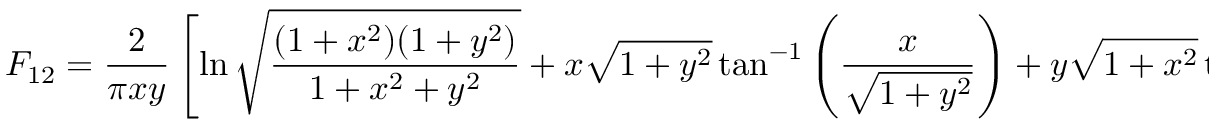
F _ { 1 2 } = \frac { 2 } { \pi x y } \left[ \ln { \sqrt { \frac { ( 1 + x ^ { 2 } ) ( 1 + y ^ { 2 } ) } { 1 + x ^ { 2 } + y ^ { 2 } } } } + x \sqrt { 1 + y ^ { 2 } } \tan ^ { - 1 } \left( \frac { x } { \sqrt { 1 + y ^ { 2 } } } \right) + y \sqrt { 1 + x ^ { 2 } } \tan ^ { - 1 } \left( \frac { y } { \sqrt { 1 + x ^ { 2 } } } \right) - x \tan { x } ^ { - 1 } - y \tan { y } ^ { - 1 } \right] { , }